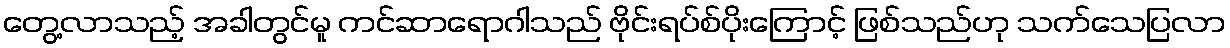
တွေ့လာသည့် အခါတွင်မူ ကင်ဆာရောဂါသည် ဗိုင်းရပ်စ်ပိုးကြောင့် ဖြစ်သည်ဟု သက်သေပြလာ